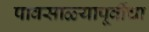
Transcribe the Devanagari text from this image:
पावसाळ्यापूर्वीचा